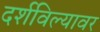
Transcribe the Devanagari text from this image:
दर्शविल्यावर